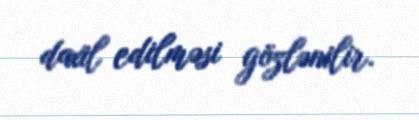
daxil edilməsi gözlənilir.